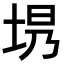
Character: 𪣍